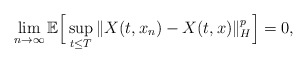
\begin{align*} \lim_{n\rightarrow\infty}\mathbb{E}\Big[ \sup_{t\leq T}\Vert X(t, x_n) - X(t, x) \Vert_H^p \Big] = 0 ,\end{align*}